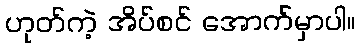
ဟုတ်ကဲ့ အိပ်စင် အောက်မှာပါ။